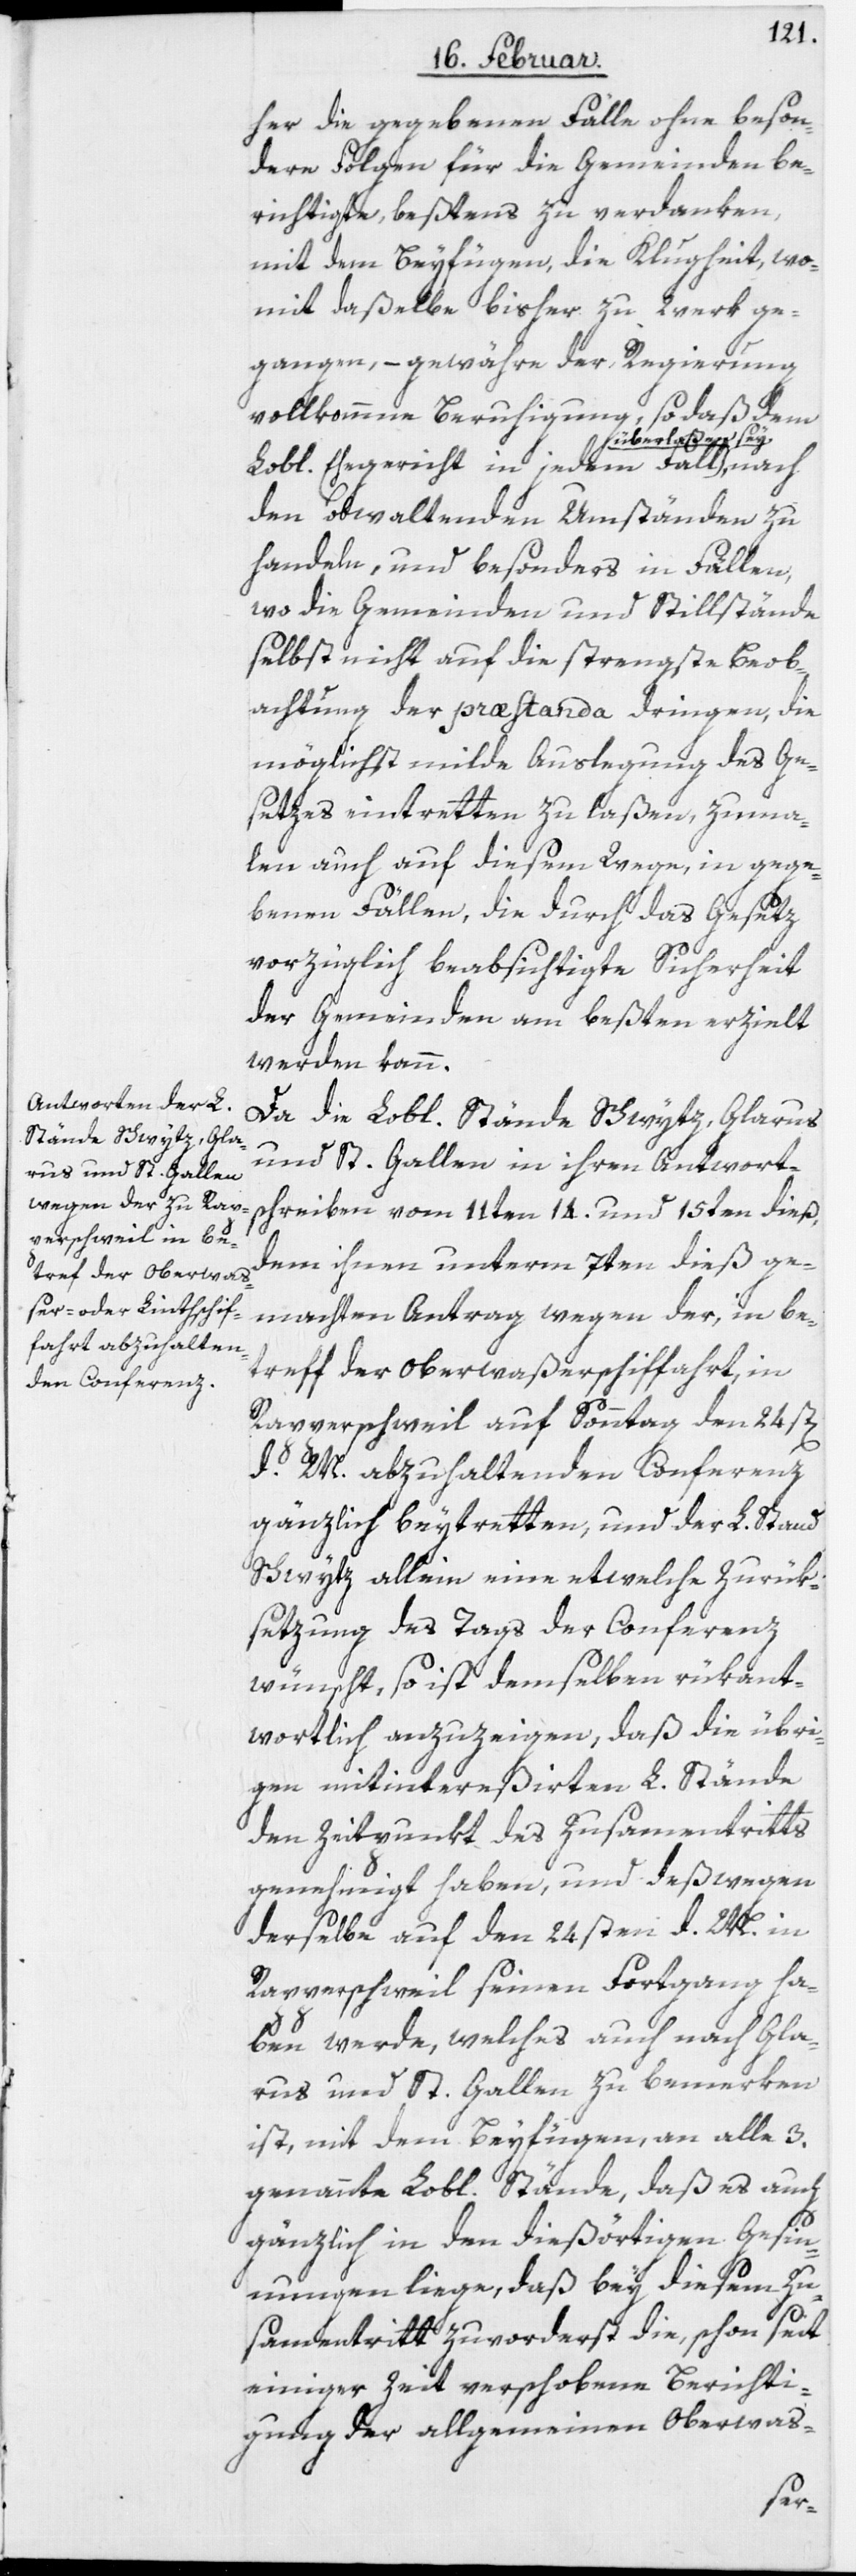
her die gegebenen Fälle ohne beson¬
dere Folgen für die Gemeinden be¬
richtigte, beßtens zu verdanken,
mit dem Beyfügen, die Klugheit, wo¬
mit daßelbe bisher zu Werk ge¬
gangen, – gewähre der Regierung
vollkommene Beruhigung, so daß dem
berlaßen sey,
Lobl. Ehegericht in jedem Fall ü¬
den obwaltenden Umständen zu
handeln, und besonders in Fällen,
wo die Gemeinden und Stillstände
selbst nicht auf die strengste Beob¬
achtung der præstanda dringen, die
möglichst milde Auslegung des Ge¬
setzes eintretten zu laßen, zuma¬
len auch auf diesem Wege, in gege¬
benen Fällen, die durch das Gesetz
vorzüglich beabsichtigte Sicherheit
der Gemeinden am beßten erzielt
werden kann.
Da die Lobl. Stände Schwytz, Glarus
und St. Gallen in ihren Antwort¬
schreiben vom 11ten, 14ten und 15ten dieß,
dem ihnen unterm 7ten dieß ge¬
machten Antrag wegen der, in be¬
treff der Oberwaßerschiffahrt, in
Rapperschweil auf Sonntag den 24st[en]
d. M. abzuhaltenden Conferenz
gänzlich beytretten, und der L. Stand
Schwytz allein eine etwelche Zurük¬
setzung des Tags der Conferenz
wünscht, so ist demselben rükant¬
wortlich anzuzeigen, daß die übri¬
gen mitintereßierten L. Stände
den Zeitpunkt des Zusamentritts
genehmigt haben, und deßwegen
derselbe auf den 24sten d. M.
Rapperschweil seinen Fortgang ha¬
ben werde, welches auch nach Gla¬
rus und St. Gallen zu bemerken
ist, mit dem Beyfügen, an alle 3.
genannte Lobl. Stände, daß es auch
gänzlich in den dießörtigen Gesin¬
nungen liege, daß bey diesem Zu¬
samentritt zuvorderst die, schon seit
einiger Zeit verschobene Berichti¬
gung der allgemeinen Oberwas-